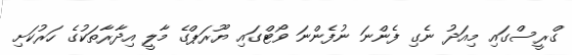
ގްރީސްގައި މިއަދު ނެގި ފެންނަ ނުފެންނަ ވޯޓްގައި ޔޫރަޕްގެ މާލީ އިދާރާތަކުގެ ހަރުކަށި